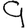
Digit: 9